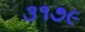
૩૧૭૯